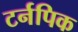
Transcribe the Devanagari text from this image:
टर्नपिक